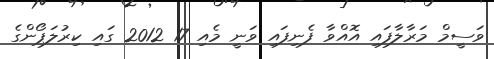
ވަސީމް މަރާލާފައި އޮއްވާ ފެނިފައި ވަނީ މެއި 17 2012 ގައި ކިރުލަޕޯންގެ